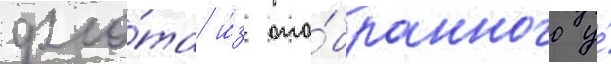
фло́та и́з ото́бранного у́